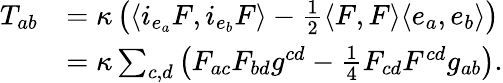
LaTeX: \begin{array}{rl}{T_{ab}}&{=\kappa\left(\langle i_{e_{a}}F,i_{e_{b}}F\rangle-\frac{1}{2}\langle F,F\rangle\langle e_{a},e_{b}\rangle\right)}\\ &{=\kappa\sum_{c,d}\left(F_{ac}F_{bd}g^{cd}-\frac{1}{4}F_{cd}F^{cd}g_{ab}\right).}\end{array}